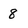
Character: 8